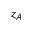
z _ { A }